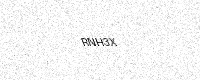
Text: RNH3X